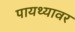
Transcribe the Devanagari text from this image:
पायथ्यावर